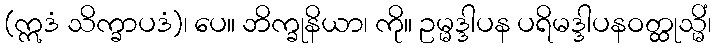
(ဣဒံ သိက္ခာပဒံ)၊ ပေ။ ဘိက္ခုနိယာ၊ ကို။ ဥမ္မဒ္ဒါပန ပရိမဒ္ဒါပနဝတ္ထုသ္မိံ၊